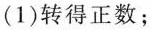
(1)转得正数；